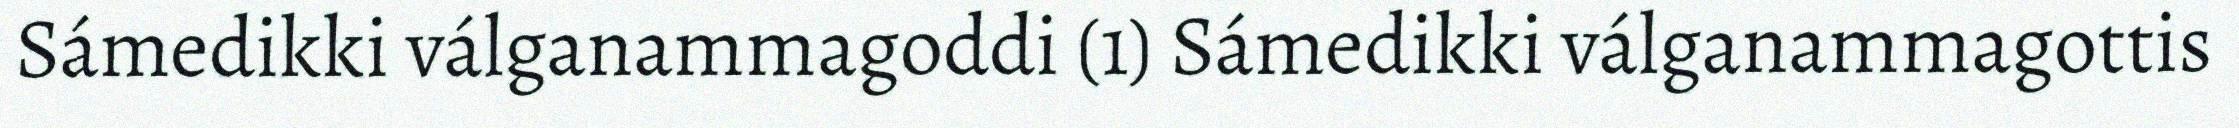
Sámedikki válganammagoddi (1) Sámedikki válganammagottis